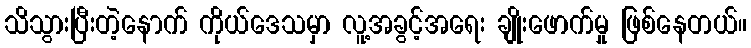
သိသွားပြီးတဲ့နောက် ကိုယ်ဒေသမှာ လူ့အခွင့်အရေး ချိုးဖောက်မှု ဖြစ်နေတယ်။